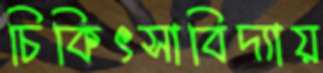
চিকিৎসাবিদ্যায়